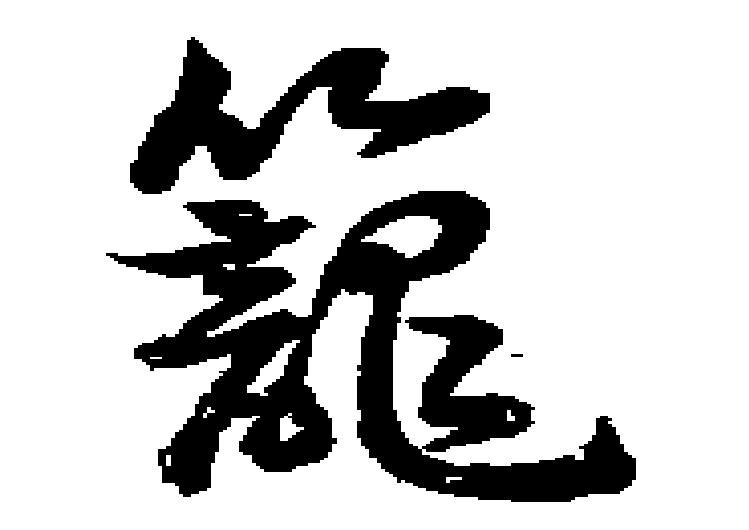
籠